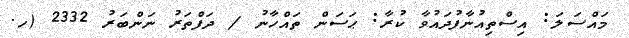
މައްސަލަ: އިސްތިއުނާފުދައުވާ ކުރާ: ޙަސަން ތައްހާނު / ދަފްތަރު ނަންބަރު 2332 (ހ.